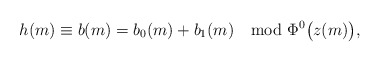
\begin{align*}h(m) \equiv b(m) = b_0(m) + b_1(m) \mod \Phi^0 \bigl( z(m) \bigr),\end{align*}